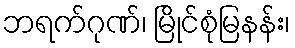
ဘရက်ဂုဏ်၊ မြိုင်စုံမြနန်း၊